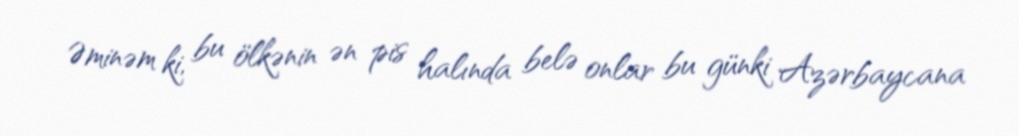
Əminəm ki, bu ölkənin ən pis halında belə onlar bu günki Azərbaycana